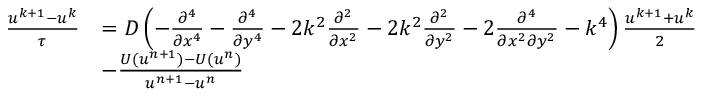
\begin{array} { r l } { \frac { u ^ { k + 1 } - u ^ { k } } { \tau } } & { = D \left( - \frac { \partial ^ { 4 } } { \partial x ^ { 4 } } - \frac { \partial ^ { 4 } } { \partial y ^ { 4 } } - 2 k ^ { 2 } \frac { \partial ^ { 2 } } { \partial x ^ { 2 } } - 2 k ^ { 2 } \frac { \partial ^ { 2 } } { \partial y ^ { 2 } } - 2 \frac { \partial ^ { 4 } } { \partial x ^ { 2 } \partial y ^ { 2 } } - k ^ { 4 } \right) \frac { u ^ { k + 1 } + u ^ { k } } { 2 } } \\ & { - \frac { U ( u ^ { n + 1 } ) - U ( u ^ { n } ) } { u ^ { n + 1 } - u ^ { n } } } \end{array}